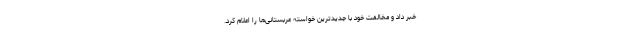
خبر داد و مخالفت خود با جدیدترین خواسته عربستانی‌ها را اعلام کرد.